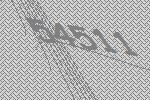
54511